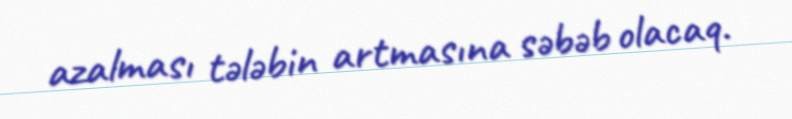
azalması tələbin artmasına səbəb olacaq.